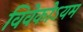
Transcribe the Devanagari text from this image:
विवेकोऽयम